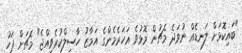
"ބައިކޮޅަށް ލަނޑެއް ނުވަދެ މެޗުން މޮޅުވެ އަހަރެމެންގެ އަމާޒު ހާސިލްކުރެވިއްޖެ" މެޗަށް ފަހު